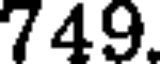
749.